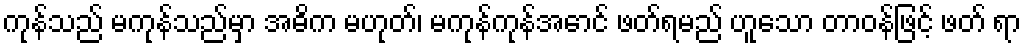
ကုန်သည် မကုန်သည်မှာ အဓိက မဟုတ်၊ မကုန်ကုန်အောင် ဖတ်ရမည် ဟူသော တာဝန်ဖြင့် ဖတ် ရာ